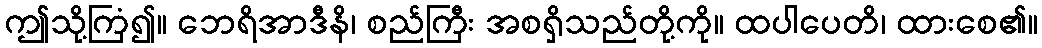
ဤသို့ကြံ၍။ ဘေရိအာဒီနိ၊ စည်ကြီး အစရှိသည်တို့ကို။ ထပါပေတိ၊ ထားစေ၏။